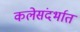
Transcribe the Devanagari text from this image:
कलेसंदर्भात